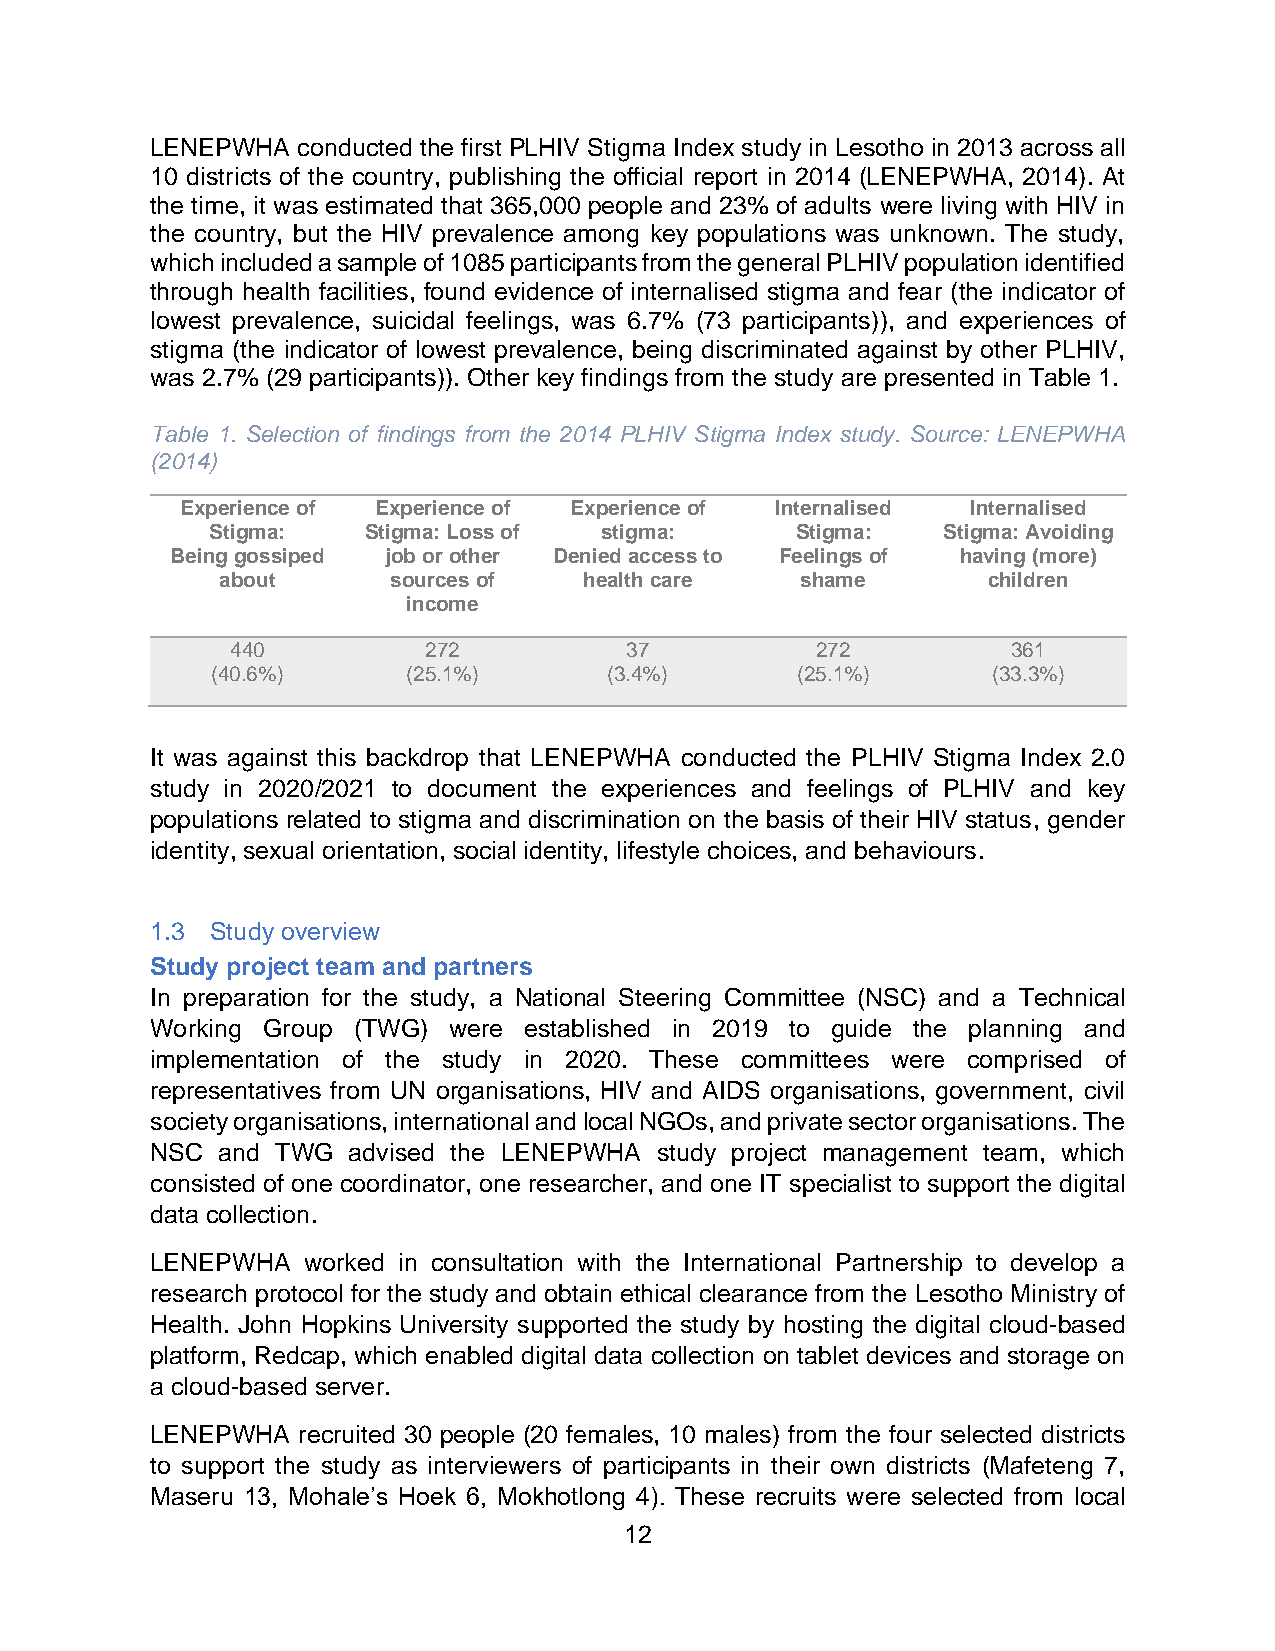
LENEPWHA  conducted the first PLHIV Stigma Index study in Lesotho in 2013 across all
 10 districts of the country, publishing the official report in 2014 (LENEPWHA, 2014). At
 the time, it was estimated that 365,000 people and 23% of adults were living with HIV in
 the country, but the HIV prevalence among key populations was unknown. The study,
 which included a sample of 1085 participants from the general PLHIV population identified
 through health facilities, found evidence of internalised stigma and fear (the indicator of
 lowest prevalence, suicidal feelings, was 6.7% (73 participants)), and experiences of
 stigma (the indicator of lowest prevalence, being discriminated against by other PLHIV,
 was 2.7% (29 participants)). Other key findings from the study are presented in Table 1.
 Table 1. Selection of findings from the 2014 PLHIV Stigma Index study. Source: LENEPWHA
 (2014)
 Experience of Experience of Experience of Internalised Internalised
 Stigma:   Stigma: Loss of stigma:      Stigma:  Stigma: Avoiding
 Being gossiped job or other Denied access to Feelings of having (more)
 about      sources of   health care   shame       children
 income
 440          272          37           272          361
 (40.6%)      (25.1%)      (3.4%)       (25.1%)      (33.3%)
 It was against this backdrop that LENEPWHA conducted the PLHIV Stigma Index 2.0
 study in 2020/2021 to document the experiences and feelings of PLHIV and key
 populations related to stigma and discrimination on the basis of their HIV status, gender
 identity, sexual orientation, social identity, lifestyle choices, and behaviours.
 1.3 Study overview
 Study project team and partners
 In preparation for the study, a National Steering Committee (NSC) and a Technical
 Working Group (TWG) were established in 2019 to guide the planning and
 implementation of the study in 2020. These committees were comprised of
 representatives from UN organisations, HIV and AIDS organisations, government, civil
 society organisations, international and local NGOs, and private sector organisations. The
 NSC and TWG  advised the LENEPWHA study project management team, which
 consisted of one coordinator, one researcher, and one IT specialist to support the digital
 data collection.
 LENEPWHA  worked in consultation with the International Partnership to develop a
 research protocol for the study and obtain ethical clearance from the Lesotho Ministry of
 Health. John Hopkins University supported the study by hosting the digital cloud-based
 platform, Redcap, which enabled digital data collection on tablet devices and storage on
 a cloud-based server.
 LENEPWHA  recruited 30 people (20 females, 10 males) from the four selected districts
 to support the study as interviewers of participants in their own districts (Mafeteng 7,
 Maseru 13, Mohale’s Hoek 6, Mokhotlong 4). These recruits were selected from local
 12